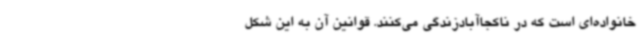
خانواده‌ای است که در ناکجاآبادزندگی می‌کنند. قوانین آن به این شکل